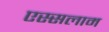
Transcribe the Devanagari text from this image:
एस्सलाम